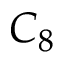
C _ { 8 }